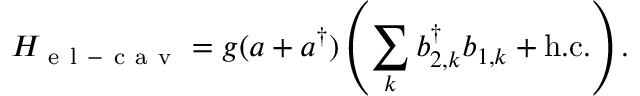
H _ { \mathrm { ~ e ~ l ~ - ~ c ~ a ~ v ~ } } = g ( a + a ^ { \dagger } ) \left( \sum _ { k } b _ { 2 , k } ^ { \dagger } b _ { 1 , k } + \mathrm { h . c . } \right) .